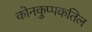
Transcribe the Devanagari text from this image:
कोनकुप्पकतिल